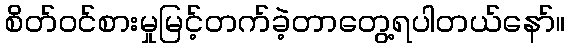
စိတ်ဝင်စားမှုမြင့်တက်ခဲ့တာတွေ့ရပါတယ်နော်။